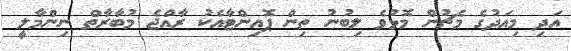
އަދި މިއަދުގެ މެޗުން މޮޅުވެ ލިބުނު ތިން ޕޮއިންޓާއެކު ރާއްޖެ މުބާރާތް ނިންމާލީ